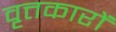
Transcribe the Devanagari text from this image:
वृत्तकारों